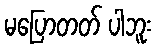
မပြောတတ် ပါဘူး